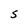
Character: S